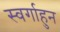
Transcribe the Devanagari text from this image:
स्वर्गाहुन